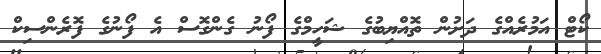
ކޯޓް އަމުރެއްގެ ދަށުން ތޮއްޔިބުގެ ޝަހީމްގެ ފޯނު ގެންގޮސް އެ ފޯނުގެ ފޮރެންސިކް